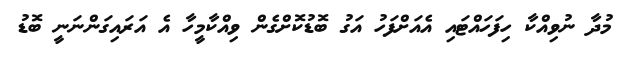
މުދާ ނުވިއްކާ ހިފަހައްޓައި އެއަށްފަހު އަގު ބޮޑުކޮށްގެން ވިއްކާމީހާ އެ އަރައިގަންނަނީ ބޮޑު